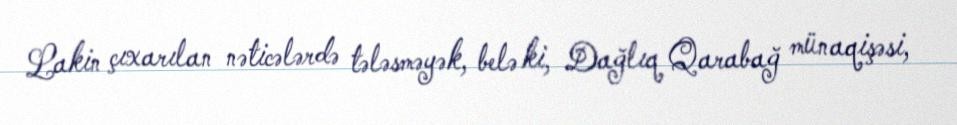
Lakin çıxarılan nəticələrdə tələsməyək, belə ki, Dağlıq Qarabağ münaqişəsi,